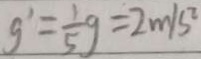
g ^ { \prime } = \frac { 1 } { 5 } g = 2 m / s ^ { 2 }